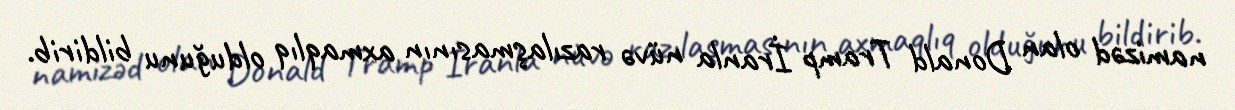
namizəd olan Donald Tramp İranla nüvə razılaşmasının axmaqlıq olduğunu bildirib.